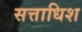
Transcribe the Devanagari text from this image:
सत्ताधिश